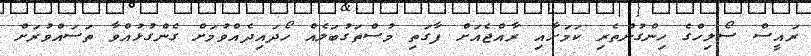
ރައީސް ސޯލިހްގެ ހިންގުންތެރި ކަމަށާއި ރާއްޖެއަށް ފާގަތި މުސްތަގުބަލެއް ހޯދައިދެއްވުމަށް ގެންގުޅުއްވާ ތަސައްވުރަށް